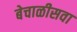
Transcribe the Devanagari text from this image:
बेचाळीसवा